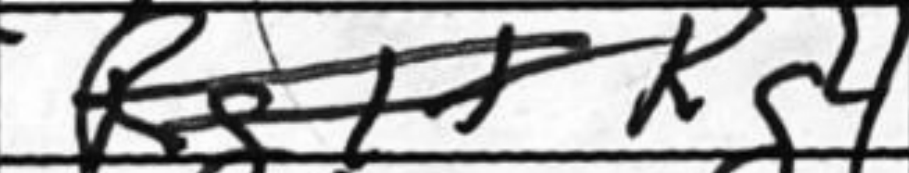
Transcription: Kg4